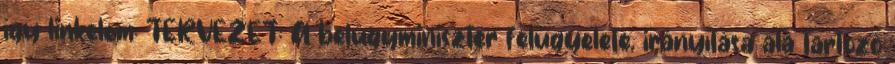
így linkelem: TERVEZET: A belügyminiszter felügyelete, irányítása alá tartozó